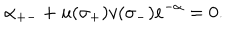
\alpha _ { + - } + u ( \sigma _ { + } ) v ( \sigma _ { - } ) e ^ { - \alpha } = 0 .